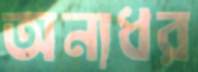
অন্যধর